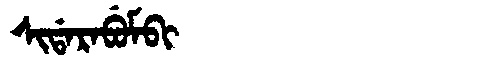
Manchu: ᠰᡳᡩᠠᡵᠠᠪᡠᠮᠪᡳ
Romanization: SIDARABUMBI